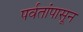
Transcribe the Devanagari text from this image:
पर्वतांपासून